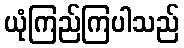
ယုံကြည်ကြပါသည်